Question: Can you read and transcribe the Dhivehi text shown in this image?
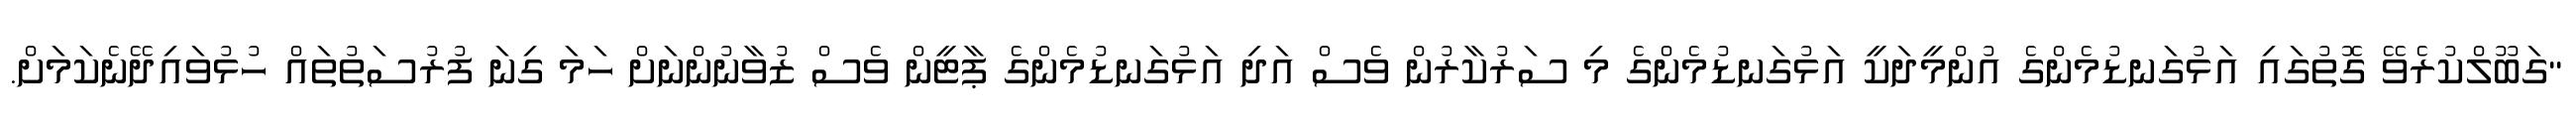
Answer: "ގަބޫލްކުރެވޭ ގޮތުގައި އަޅުގަނޑުމެންގެ އުންމީދަކީ އަޅުގަނޑުމެންގެ މި ސަރުކާރުން ވެސް އަދި އަޅުގަނޑުމެންގެ ޕާޓީން ވެސް ޒުވާނުންނަށް ހަމަ ގިނަ ފުރުސަތުތައް ހުޅުވައިދޭނެކަމަށް.